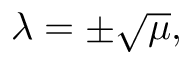
\begin{array} { r } { \lambda = \pm \sqrt { \mu } , } \end{array}